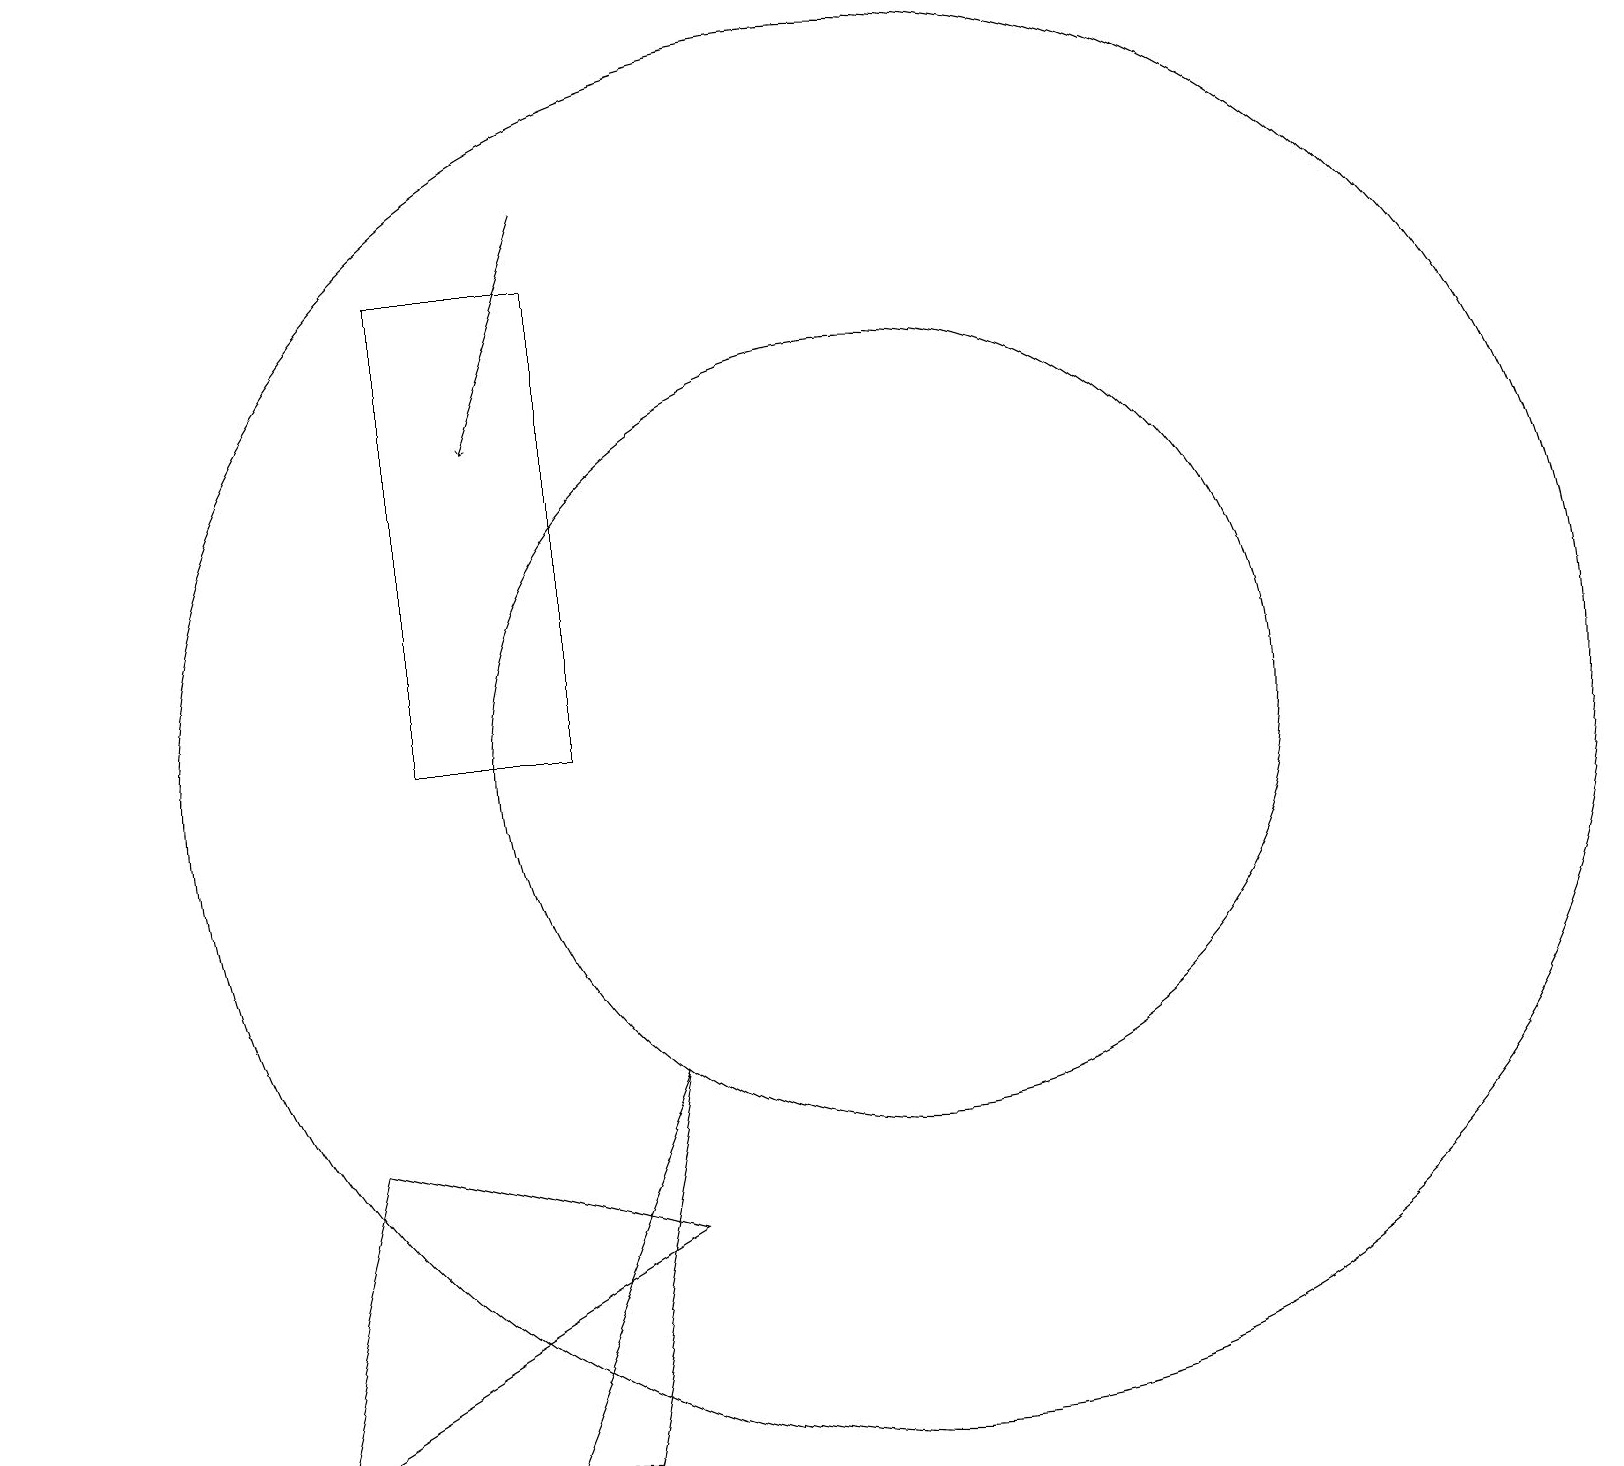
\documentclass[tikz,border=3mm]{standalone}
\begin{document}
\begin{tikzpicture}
\draw (12,10) circle (5);
\draw (12,10) circle (9);
\draw[->] (1,17) -- (1,19);
\draw (9,6) -- (8,1) -- (7,1) -- cycle;
\draw (8,16) rectangle (6,10);
\draw[->] (8,17) -- (7,14);
\draw (5,5) -- (9,4) -- (4,1) -- cycle;
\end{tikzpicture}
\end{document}